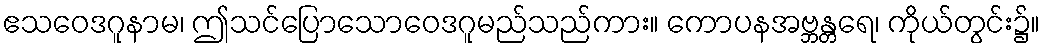
ဧသဝေဒဂူနာမ၊ ဤသင်ပြောသောဝေဒဂူမည်သည်ကား။ ကောပနအဗ္ဘန္တရေ၊ ကိုယ်တွင်း၌။